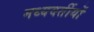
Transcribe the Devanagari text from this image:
मध्यवर्तीयों